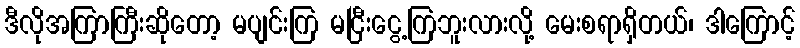
ဒီလိုအကြာကြီးဆိုတော့ မပျင်းကြ မငြီးငွေ့ကြဘူးလားလို့ မေးစရာရှိတယ်၊ ဒါကြောင့်